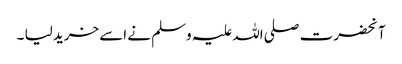
آنحضرت صلی اللہ علیہ وسلم نے اسے خرید لیا ۔